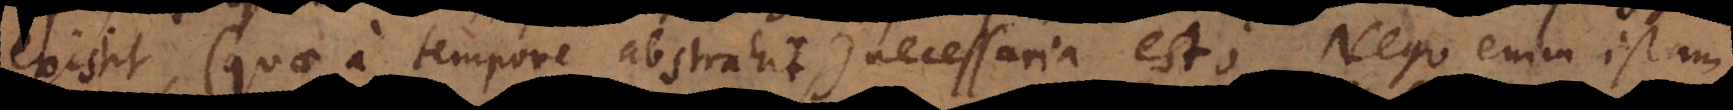
existit (quae a tempore abstrahit), necessaria est; Nego enim istam